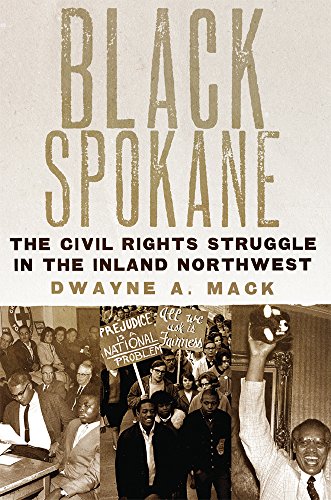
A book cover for Black Spokane: The Civil Rights Struggle in the Inland Northwest (Race and Culture in the American West Series); Dr. Dwayne A. Mack; Law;